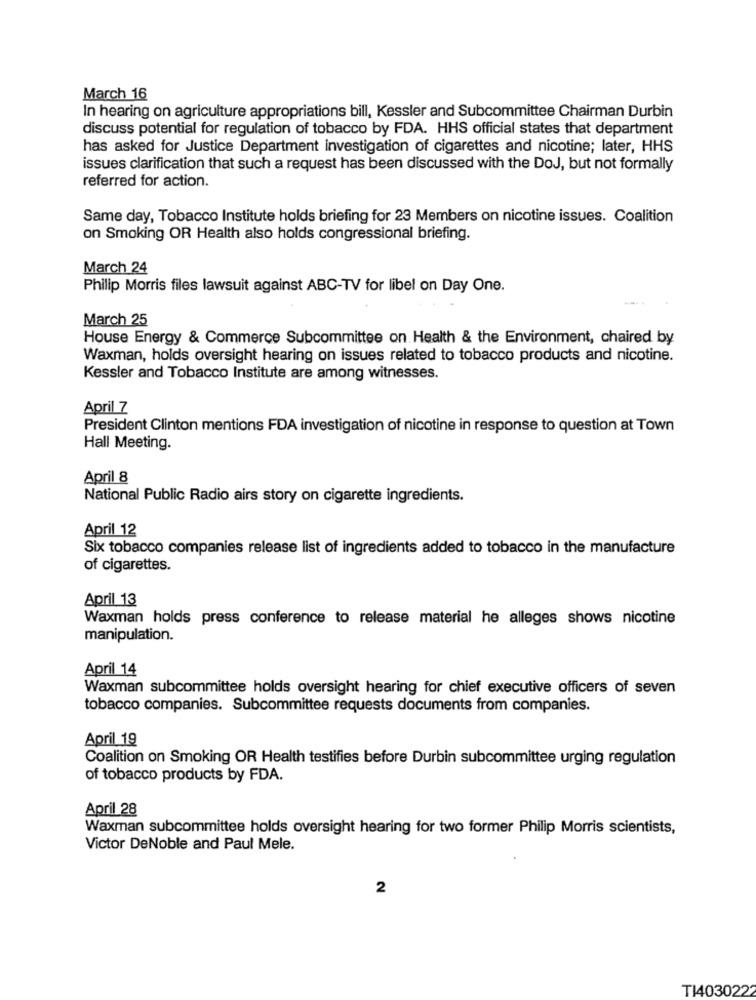
March 16
In hearing on agriculture appropriations bill, Kessler and Subcommittee Chairman Durbin
discuss potential for regulation of tobacco by FDA. HHS official states that department
has asked for Justice Department investigation of cigarettes and nicotine; later, HHS
issues clarification that such a request has been discussed with the DoJ, but not formally
referred for action.
Same day, Tobacco Institute holds briefing for 23 Members on nicotine issues. Coalition
on Smoking OR Health also holds congressional briefing.
March 24
Philip Morris files lawsuit against ABC-TV for libel on Day One.
March 25
House Energy & Commerce Subcommittee on Health & the Environment, chaired by
Waxman, holds oversight hearing on issues related to tobacco products and nicotine.
Kessler and Tobacco Institute are among witnesses.
April 7
President Clinton mentions FDA investigation of nicotine in response to question at Town
Hall Meeting.
April 8
National Public Radio airs story on cigarette ingredients.
April 12
Six tobacco companies release list of ingredients added to tobacco in the manufacture
of cigarettes.
April 13
Waxman holds press conference to release material he alleges shows nicotine
manipulation.
April 14
Waxman subcommittee holds oversight hearing for chief executive officers of seven
tobacco companies. Subcommittee requests documents from companies.
April 19
Coalition on Smoking OR Health testifies before Durbin subcommittee urging regulation
of tobacco products by FDA.
April 28
Waxman subcommittee holds oversight hearing for two former Philip Morris scientists,
Victor DeNoble and Paul Mele.
2
T1403022